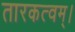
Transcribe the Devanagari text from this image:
तारकत्वम्।